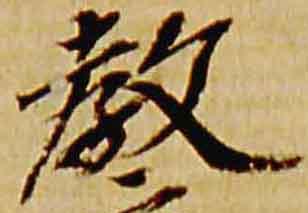
教